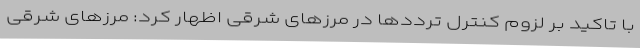
با تاکید بر لزوم کنترل ترددها در مرزهای شرقی اظهار کرد: مرزهای شرقی